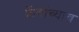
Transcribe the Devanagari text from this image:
फ्रेंचांच्याच